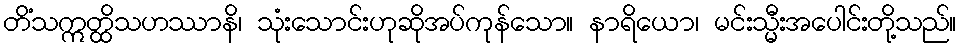
တိံသဣတ္ထိသဟဿာနိ၊ သုံးသောင်းဟုဆိုအပ်ကုန်သော။ နာရိယော၊ မင်းသ္မီးအပေါင်းတို့သည်။